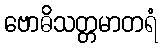
ဗောဓိသတ္တမာတရံ